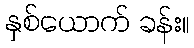
နှစ်ယောက် ခန်း။